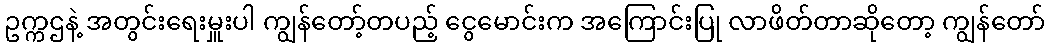
ဥက္ကဌနဲ့ အတွင်းရေးမှူးပါ ကျွန်တော့်တပည့် ငွေမောင်းက အကြောင်းပြု လာဖိတ်တာဆိုတော့ ကျွန်တော်